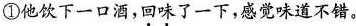
①他饮下一口酒，回味了一下，感觉味道不错。